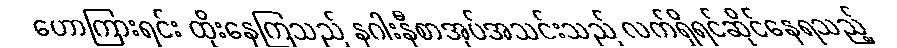
ဟောကြားရင်း ထိုးနေကြသည် နဂါးနီစာအုပ်အသင်းသည် လက်ရှိရင်ဆိုင်နေရသည့်